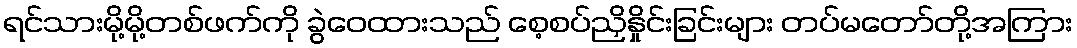
ရင်သားမို့မို့တစ်ဖက်ကို ခွဲဝေထားသည် စေ့စပ်ညှိနှိုင်းခြင်းများ တပ်မတော်တို့အကြား